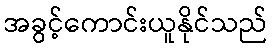
အခွင့်ကောင်းယူနိုင်သည်